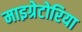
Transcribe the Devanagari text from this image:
माइग्रेटोरिया